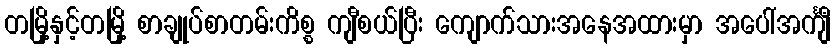
တမြို့နှင့်တမြို့ စာချုပ်စာတမ်းကိစ္စ ကျီစယ်ပြီး ကျောက်သားအနေအထားမှာ အပေါ်အင်္ကျီ